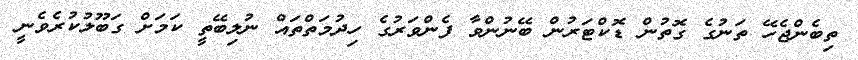
ތިބެންޖެހޭ ތަނުގެ ގޮތުން ޑޮކްޓަރުން ބޭނުންވާ ފެންވަރުގެ ހިދުމަތްތައް ނުލިބޭތީ ކަމަށް ގަބޫލުކުރެވެނީ